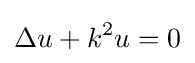
\Delta u+k^{2}u=0